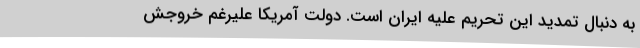
به دنبال تمدید این تحریم علیه ایران است. دولت آمریکا علیرغم خروجش